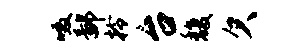
啜鄙拎台馥欠